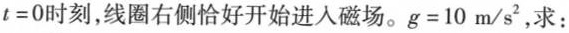
$$t=0$$时刻，线圈右侧恰好开始进入磁场。$$g=10m/s^{2}$$，求：